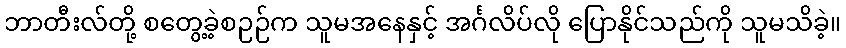
ဘာတီးလ်တို့ စတွေ့ခဲ့စဉဉ်က သူမအနေနှင့် အင်္ဂလိပ်လို ပြောနိုင်သည်ကို သူမသိခဲ့။